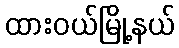
ထားဝယ်မြို့နယ်